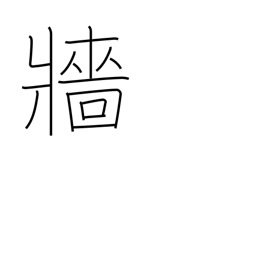
Meaning: hedge